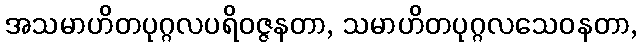
အသမာဟိတပုဂ္ဂလပရိဝဇ္ဇနတာ, သမာဟိတပုဂ္ဂလသေဝနတာ,